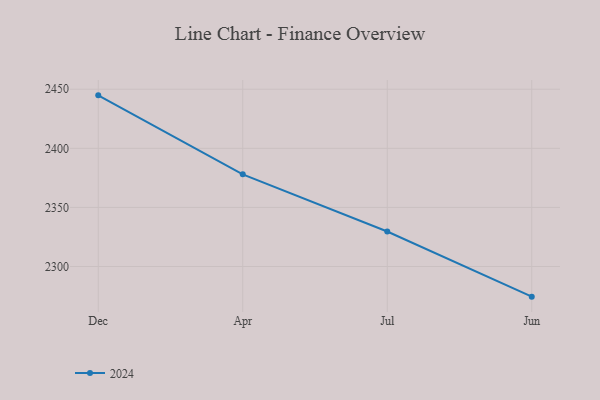
{"axis": {"x": "Month", "y": "Budget (USD K)"}, "legend": ["2024"], "data": [{"x": "Dec", "y": 2444.8, "type": "2024"}, {"x": "Apr", "y": 2378.0, "type": "2024"}, {"x": "Jul", "y": 2329.6, "type": "2024"}, {"x": "Jun", "y": 2274.5, "type": "2024"}]}